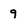
Character: 9